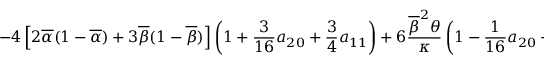
\displaystyle { - 4 \left[ 2 \overline { { \alpha } } ( 1 - \overline { { \alpha } } ) + 3 \overline { { \beta } } ( 1 - \overline { { \beta } } ) \right] \left( 1 + \frac { 3 } { 1 6 } a _ { 2 0 } + \frac { 3 } { 4 } a _ { 1 1 } \right) + 6 \frac { \overline { { \beta } } ^ { 2 } \theta } { \kappa } \left( 1 - \frac { 1 } { 1 6 } a _ { 2 0 } + \frac { 1 } { 2 } a _ { 0 2 } + \frac { 1 } { 2 } a _ { 1 1 } \right) \Bigg \} }